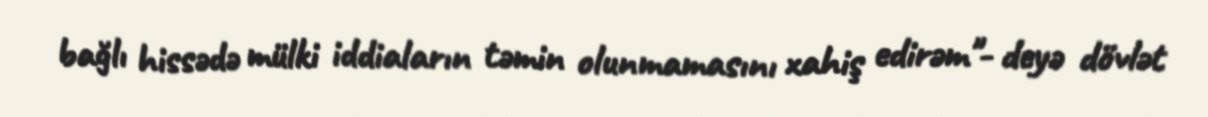
bağlı hissədə mülki iddiaların təmin olunmamasını xahiş edirəm"- deyə dövlət